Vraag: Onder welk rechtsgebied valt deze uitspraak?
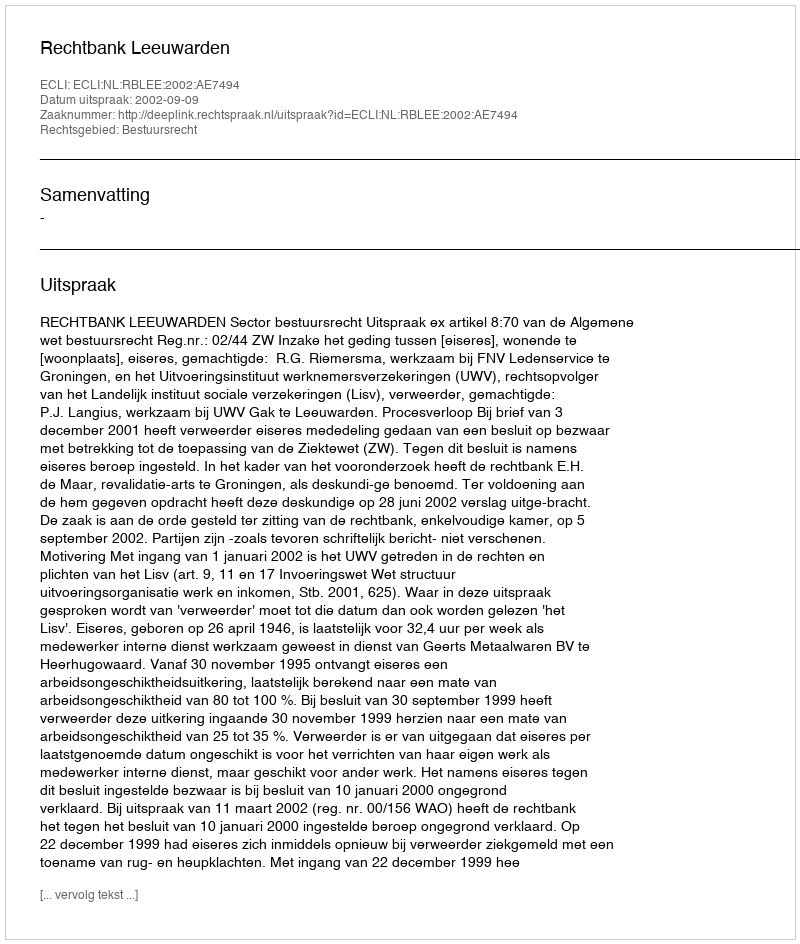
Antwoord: Bestuursrecht